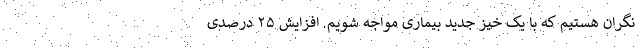
نگران هستیم که با یک خیز جدید بیماری مواجه شویم. افزایش ۲۵ درصدی